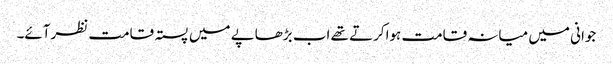
جوانی میں میانہ قامت ہواکرتے تھے اب بڑھاپے میں پستہ قامت نظرآئے۔